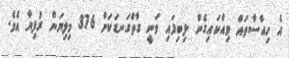
އެ ހިއްސާތައް ވިއްކައިގެން ލިބިފައި ވަނީ ގާތްގަނޑަކަށް 376 މިލިޔަން ރުފިޔާ އެވެ.